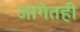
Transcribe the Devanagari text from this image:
जागेतही